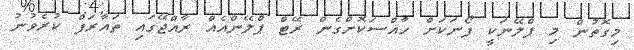
މިގޮތުން މި ޕްލޭނަކީ ފޯނަކަށް ހާއްސަކޮށްގެން ރޭޓް ޕްލޭންއެއް ރާއްޖޭގައި ތައާރަފް ކުރެވުނު